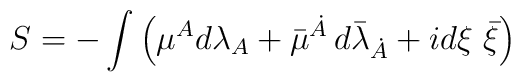
S=  - \int  \left( {\mu}{}^{A}d\lambda_{A}  + \bar{\mu}{}^{\dot{A}} \, d{\bar{\lambda}}_{\dot{A}}  + i d{\xi} ~\bar{\xi} \right)